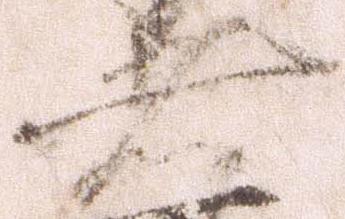
者